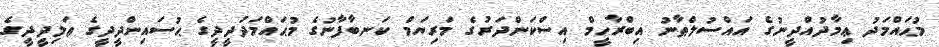
މުޙައްމަދު ޢިމާދުއްދީނުގެ އައްސުލްޠާނު އިބްރާހީމް އިސްކަންދަރުގެ މަރިޔަމް ކަނބާފާނުގެ މުޙައްމަދުދީދީގެ ޙުސައިންދީދީގެ ޢަލިދީދީގެ